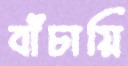
বাঁচায়ি